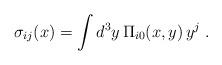
LaTeX: \begin{align*}\sigma_{ij}(x) = \int d^3y \, \Pi_{i0}(x,y)\,y^j \; .\end{align*}